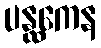
ပန္ထကေန